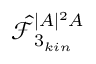
\hat { \mathcal { F } } _ { 3 _ { k i n } } ^ { | A | ^ { 2 } A }